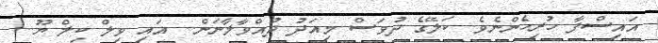
އައިސްފާ ހުރިހެންނެވެ. ކަލޭގެ ދުވަސް މިއަދު ދުއްވާލާނަން.. އައި ވިލް ކިލް ޔޫ..